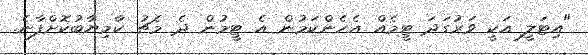
"އިޓަލީ އަކީ ވަރުގަދަ ޓީމެއް އެހެންކަމުން އެ ޓީމުން ދެ މެޗު ކާމިޔާބުކޮށްފާނެ.